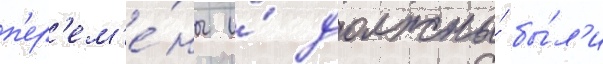
п'ер'ем'е́ны и́ должны́ бы́л'и